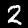
Digit: 2